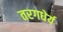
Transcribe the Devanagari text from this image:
तरगधेर्य